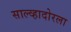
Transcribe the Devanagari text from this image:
साल्व्हादोरला